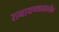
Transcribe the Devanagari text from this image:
रामायणकाळातील